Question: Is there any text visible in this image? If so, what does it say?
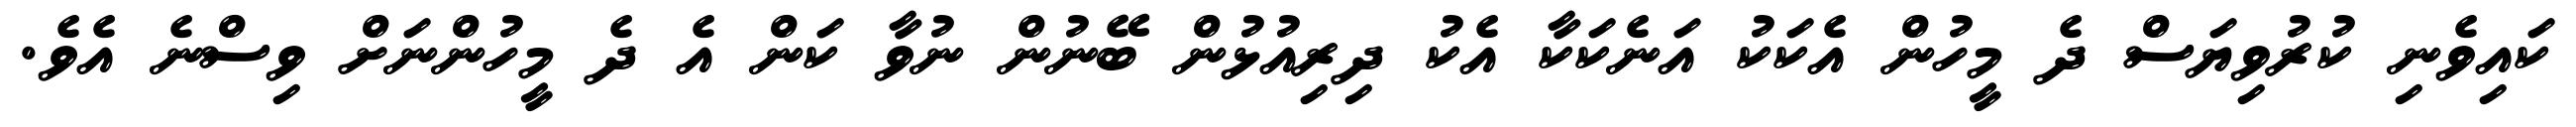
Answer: ކައިވެނި ކުރުވިޔަސް ދެ މީހުން އެކަކު އަނެކަކާ އެކު ދިރިއުޅުން ބޭނުން ނުވާ ކަން އެ ދެ މީހުންނަށް ވިސްނެ އެވެ.